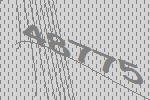
48775